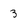
Character: 3